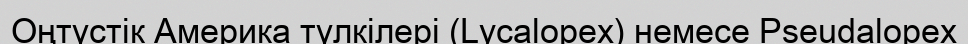
Оңтүстік Америка түлкілері (Lycalopex) немесе Pseudalopex